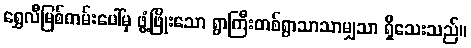
ရွှေလီမြစ်ကမ်းပေါ်မှ ဖွံ့ဖြိုးသော ရွာကြီးတစ်ရွာသာသာမျှသာ ရှိသေးသည်။